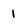
Character: 1